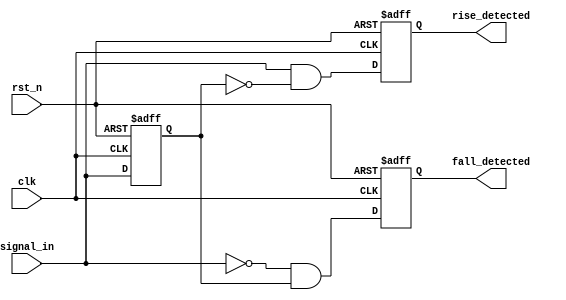
module dual_edge_detector (
    input wire clk,             // Clock signal
    input wire rst_n,           // Active low reset
    input wire signal_in,       // Input signal
    output reg rise_detected,   // Rising edge detected signal
    output reg fall_detected     // Falling edge detected signal
);

    // Memory blocks (Registers)
    reg prev_state;             // Holds the previous state of signal_in
    reg prev_prev_state;        // Holds the state of signal_in from two clock cycles ago

    // Sequential logic for edge detection
    always @(posedge clk or negedge rst_n) begin
        if (!rst_n) begin
            // Initialization on reset
            prev_state <= 1'b0;
            prev_prev_state <= 1'b0;
            rise_detected <= 1'b0;
            fall_detected <= 1'b0;
        end else begin
            // Update the previous states
            prev_prev_state <= prev_state;
            prev_state <= signal_in;

            // Edge detection logic
            rise_detected <= (signal_in && !prev_state);   // Rising edge detected
            fall_detected <= (!signal_in && prev_state);   // Falling edge detected
        end
    end

endmodule